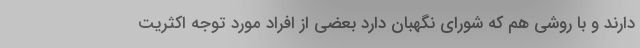
دارند و با روشی هم که شورای نگهبان دارد بعضی از افراد مورد توجه اکثریت